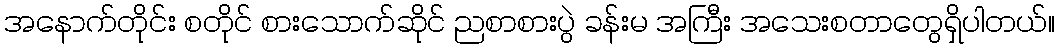
အနောက်တိုင်း စတိုင် စားသောက်ဆိုင် ညစာစားပွဲ ခန်းမ အကြီး အသေးစတာတွေရှိပါတယ်။